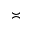
\asymp